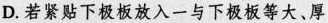
D. 若紧贴下极板放入一与下极板等大、厚